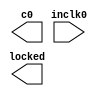
// megafunction wizard: %ALTPLL%VBB%
// GENERATION: STANDARD
// VERSION: WM1.0
// MODULE: altpll 

// ============================================================
// Megafunction Name(s):
// 			altpll
// ============================================================
// ************************************************************
// THIS IS A WIZARD-GENERATED FILE. DO NOT EDIT THIS FILE!
//
// 6.0 Build 202 06/20/2006 SP 1 SJ Web Edition
// ************************************************************

//Copyright (C) 1991-2006 Altera Corporation
//Your use of Altera Corporation's design tools, logic functions 
//and other software and tools, and its AMPP partner logic 
//functions, and any output files any of the foregoing 
//(including device programming or simulation files), and any 
//associated documentation or information are expressly subject 
//to the terms and conditions of the Altera Program License 
//Subscription Agreement, Altera MegaCore Function License 
//Agreement, or other applicable license agreement, including, 
//without limitation, that your use is for the sole purpose of 
//programming logic devices manufactured by Altera and sold by 
//Altera or its authorized distributors.  Please refer to the 
//applicable agreement for further details.

module altpll0 (
	inclk0,
	c0,
	locked);

	input	  inclk0;
	output	  c0;
	output	  locked;

endmodule

// ============================================================
// CNX file retrieval info
// ============================================================
// Retrieval info: PRIVATE: ACTIVECLK_CHECK STRING "0"
// Retrieval info: PRIVATE: BANDWIDTH STRING "1.000"
// Retrieval info: PRIVATE: BANDWIDTH_FEATURE_ENABLED STRING "0"
// Retrieval info: PRIVATE: BANDWIDTH_FREQ_UNIT STRING "MHz"
// Retrieval info: PRIVATE: BANDWIDTH_PRESET STRING "Low"
// Retrieval info: PRIVATE: BANDWIDTH_USE_AUTO STRING "1"
// Retrieval info: PRIVATE: BANDWIDTH_USE_CUSTOM STRING "0"
// Retrieval info: PRIVATE: BANDWIDTH_USE_PRESET STRING "0"
// Retrieval info: PRIVATE: CLKBAD_SWITCHOVER_CHECK STRING "0"
// Retrieval info: PRIVATE: CLKLOSS_CHECK STRING "0"
// Retrieval info: PRIVATE: CLKSWITCH_CHECK STRING "0"
// Retrieval info: PRIVATE: CNX_NO_COMPENSATE_RADIO STRING "0"
// Retrieval info: PRIVATE: CREATE_CLKBAD_CHECK STRING "0"
// Retrieval info: PRIVATE: CREATE_INCLK1_CHECK STRING "0"
// Retrieval info: PRIVATE: CUR_DEDICATED_CLK STRING "c0"
// Retrieval info: PRIVATE: CUR_FBIN_CLK STRING "e0"
// Retrieval info: PRIVATE: DEVICE_SPEED_GRADE STRING "Any"
// Retrieval info: PRIVATE: DEV_FAMILY STRING "Cyclone II"
// Retrieval info: PRIVATE: DIV_FACTOR0 NUMERIC "1"
// Retrieval info: PRIVATE: DUTY_CYCLE0 STRING "50.00000000"
// Retrieval info: PRIVATE: EXT_FEEDBACK_RADIO STRING "0"
// Retrieval info: PRIVATE: GLOCKED_COUNTER_EDIT_CHANGED STRING "1"
// Retrieval info: PRIVATE: GLOCKED_FEATURE_ENABLED STRING "1"
// Retrieval info: PRIVATE: GLOCKED_MODE_CHECK STRING "0"
// Retrieval info: PRIVATE: GLOCK_COUNTER_EDIT NUMERIC "1048575"
// Retrieval info: PRIVATE: HAS_MANUAL_SWITCHOVER STRING "1"
// Retrieval info: PRIVATE: INCLK0_FREQ_EDIT STRING "76.000"
// Retrieval info: PRIVATE: INCLK0_FREQ_UNIT_COMBO STRING "MHz"
// Retrieval info: PRIVATE: INCLK1_FREQ_EDIT STRING "100.000"
// Retrieval info: PRIVATE: INCLK1_FREQ_EDIT_CHANGED STRING "1"
// Retrieval info: PRIVATE: INCLK1_FREQ_UNIT_CHANGED STRING "1"
// Retrieval info: PRIVATE: INCLK1_FREQ_UNIT_COMBO STRING "MHz"
// Retrieval info: PRIVATE: INT_FEEDBACK__MODE_RADIO STRING "1"
// Retrieval info: PRIVATE: LOCKED_OUTPUT_CHECK STRING "1"
// Retrieval info: PRIVATE: LONG_SCAN_RADIO STRING "1"
// Retrieval info: PRIVATE: LVDS_MODE_DATA_RATE STRING "Not Available"
// Retrieval info: PRIVATE: LVDS_MODE_DATA_RATE_DIRTY NUMERIC "0"
// Retrieval info: PRIVATE: LVDS_PHASE_SHIFT_UNIT0 STRING "deg"
// Retrieval info: PRIVATE: MIRROR_CLK0 STRING "0"
// Retrieval info: PRIVATE: MULT_FACTOR0 NUMERIC "2"
// Retrieval info: PRIVATE: NORMAL_MODE_RADIO STRING "1"
// Retrieval info: PRIVATE: OUTPUT_FREQ0 STRING "100.00000000"
// Retrieval info: PRIVATE: OUTPUT_FREQ_MODE0 STRING "0"
// Retrieval info: PRIVATE: OUTPUT_FREQ_UNIT0 STRING "MHz"
// Retrieval info: PRIVATE: PHASE_SHIFT0 STRING "0.00000000"
// Retrieval info: PRIVATE: PHASE_SHIFT_UNIT0 STRING "deg"
// Retrieval info: PRIVATE: PLL_ADVANCED_PARAM_CHECK STRING "0"
// Retrieval info: PRIVATE: PLL_ARESET_CHECK STRING "0"
// Retrieval info: PRIVATE: PLL_AUTOPLL_CHECK NUMERIC "1"
// Retrieval info: PRIVATE: PLL_ENA_CHECK STRING "0"
// Retrieval info: PRIVATE: PLL_ENHPLL_CHECK NUMERIC "0"
// Retrieval info: PRIVATE: PLL_FASTPLL_CHECK NUMERIC "0"
// Retrieval info: PRIVATE: PLL_LVDS_PLL_CHECK NUMERIC "0"
// Retrieval info: PRIVATE: PLL_PFDENA_CHECK STRING "0"
// Retrieval info: PRIVATE: PLL_TARGET_HARCOPY_CHECK NUMERIC "0"
// Retrieval info: PRIVATE: PRIMARY_CLK_COMBO STRING "inclk0"
// Retrieval info: PRIVATE: SACN_INPUTS_CHECK STRING "0"
// Retrieval info: PRIVATE: SCAN_FEATURE_ENABLED STRING "0"
// Retrieval info: PRIVATE: SELF_RESET_LOCK_LOSS STRING "0"
// Retrieval info: PRIVATE: SHORT_SCAN_RADIO STRING "0"
// Retrieval info: PRIVATE: SPREAD_FEATURE_ENABLED STRING "0"
// Retrieval info: PRIVATE: SPREAD_FREQ STRING "50.000"
// Retrieval info: PRIVATE: SPREAD_FREQ_UNIT STRING "KHz"
// Retrieval info: PRIVATE: SPREAD_PERCENT STRING "0.500"
// Retrieval info: PRIVATE: SPREAD_USE STRING "0"
// Retrieval info: PRIVATE: SRC_SYNCH_COMP_RADIO STRING "0"
// Retrieval info: PRIVATE: STICKY_CLK0 STRING "1"
// Retrieval info: PRIVATE: SWITCHOVER_COUNT_EDIT NUMERIC "1"
// Retrieval info: PRIVATE: SWITCHOVER_FEATURE_ENABLED STRING "1"
// Retrieval info: PRIVATE: USE_CLK0 STRING "1"
// Retrieval info: PRIVATE: USE_CLKENA0 STRING "0"
// Retrieval info: PRIVATE: ZERO_DELAY_RADIO STRING "0"
// Retrieval info: LIBRARY: altera_mf altera_mf.altera_mf_components.all
// Retrieval info: CONSTANT: CLK0_DIVIDE_BY NUMERIC "1"
// Retrieval info: CONSTANT: CLK0_DUTY_CYCLE NUMERIC "50"
// Retrieval info: CONSTANT: CLK0_MULTIPLY_BY NUMERIC "2"
// Retrieval info: CONSTANT: CLK0_PHASE_SHIFT STRING "0"
// Retrieval info: CONSTANT: COMPENSATE_CLOCK STRING "CLK0"
// Retrieval info: CONSTANT: GATE_LOCK_SIGNAL STRING "NO"
// Retrieval info: CONSTANT: INCLK0_INPUT_FREQUENCY NUMERIC "13157"
// Retrieval info: CONSTANT: INTENDED_DEVICE_FAMILY STRING "Cyclone II"
// Retrieval info: CONSTANT: INVALID_LOCK_MULTIPLIER NUMERIC "5"
// Retrieval info: CONSTANT: LPM_TYPE STRING "altpll"
// Retrieval info: CONSTANT: OPERATION_MODE STRING "NORMAL"
// Retrieval info: CONSTANT: PLL_TYPE STRING "FAST"
// Retrieval info: CONSTANT: PORT_ACTIVECLOCK STRING "PORT_UNUSED"
// Retrieval info: CONSTANT: PORT_ARESET STRING "PORT_UNUSED"
// Retrieval info: CONSTANT: PORT_CLKBAD0 STRING "PORT_UNUSED"
// Retrieval info: CONSTANT: PORT_CLKBAD1 STRING "PORT_UNUSED"
// Retrieval info: CONSTANT: PORT_CLKLOSS STRING "PORT_UNUSED"
// Retrieval info: CONSTANT: PORT_CLKSWITCH STRING "PORT_UNUSED"
// Retrieval info: CONSTANT: PORT_FBIN STRING "PORT_UNUSED"
// Retrieval info: CONSTANT: PORT_INCLK0 STRING "PORT_USED"
// Retrieval info: CONSTANT: PORT_INCLK1 STRING "PORT_UNUSED"
// Retrieval info: CONSTANT: PORT_LOCKED STRING "PORT_USED"
// Retrieval info: CONSTANT: PORT_PFDENA STRING "PORT_UNUSED"
// Retrieval info: CONSTANT: PORT_PLLENA STRING "PORT_UNUSED"
// Retrieval info: CONSTANT: PORT_SCANACLR STRING "PORT_UNUSED"
// Retrieval info: CONSTANT: PORT_SCANCLK STRING "PORT_UNUSED"
// Retrieval info: CONSTANT: PORT_SCANDATA STRING "PORT_UNUSED"
// Retrieval info: CONSTANT: PORT_SCANDATAOUT STRING "PORT_UNUSED"
// Retrieval info: CONSTANT: PORT_SCANDONE STRING "PORT_UNUSED"
// Retrieval info: CONSTANT: PORT_SCANREAD STRING "PORT_UNUSED"
// Retrieval info: CONSTANT: PORT_SCANWRITE STRING "PORT_UNUSED"
// Retrieval info: CONSTANT: PORT_clk0 STRING "PORT_USED"
// Retrieval info: CONSTANT: PORT_clk1 STRING "PORT_UNUSED"
// Retrieval info: CONSTANT: PORT_clk2 STRING "PORT_UNUSED"
// Retrieval info: CONSTANT: PORT_clk3 STRING "PORT_UNUSED"
// Retrieval info: CONSTANT: PORT_clk4 STRING "PORT_UNUSED"
// Retrieval info: CONSTANT: PORT_clk5 STRING "PORT_UNUSED"
// Retrieval info: CONSTANT: PORT_clkena0 STRING "PORT_UNUSED"
// Retrieval info: CONSTANT: PORT_clkena1 STRING "PORT_UNUSED"
// Retrieval info: CONSTANT: PORT_clkena2 STRING "PORT_UNUSED"
// Retrieval info: CONSTANT: PORT_clkena3 STRING "PORT_UNUSED"
// Retrieval info: CONSTANT: PORT_clkena4 STRING "PORT_UNUSED"
// Retrieval info: CONSTANT: PORT_clkena5 STRING "PORT_UNUSED"
// Retrieval info: CONSTANT: PORT_enable0 STRING "PORT_UNUSED"
// Retrieval info: CONSTANT: PORT_enable1 STRING "PORT_UNUSED"
// Retrieval info: CONSTANT: PORT_extclk0 STRING "PORT_UNUSED"
// Retrieval info: CONSTANT: PORT_extclk1 STRING "PORT_UNUSED"
// Retrieval info: CONSTANT: PORT_extclk2 STRING "PORT_UNUSED"
// Retrieval info: CONSTANT: PORT_extclk3 STRING "PORT_UNUSED"
// Retrieval info: CONSTANT: PORT_extclkena0 STRING "PORT_UNUSED"
// Retrieval info: CONSTANT: PORT_extclkena1 STRING "PORT_UNUSED"
// Retrieval info: CONSTANT: PORT_extclkena2 STRING "PORT_UNUSED"
// Retrieval info: CONSTANT: PORT_extclkena3 STRING "PORT_UNUSED"
// Retrieval info: CONSTANT: PORT_sclkout0 STRING "PORT_UNUSED"
// Retrieval info: CONSTANT: PORT_sclkout1 STRING "PORT_UNUSED"
// Retrieval info: CONSTANT: VALID_LOCK_MULTIPLIER NUMERIC "1"
// Retrieval info: USED_PORT: @clk 0 0 6 0 OUTPUT_CLK_EXT VCC "@clk[5..0]"
// Retrieval info: USED_PORT: @extclk 0 0 4 0 OUTPUT_CLK_EXT VCC "@extclk[3..0]"
// Retrieval info: USED_PORT: c0 0 0 0 0 OUTPUT_CLK_EXT VCC "c0"
// Retrieval info: USED_PORT: inclk0 0 0 0 0 INPUT_CLK_EXT GND "inclk0"
// Retrieval info: USED_PORT: locked 0 0 0 0 OUTPUT GND "locked"
// Retrieval info: CONNECT: locked 0 0 0 0 @locked 0 0 0 0
// Retrieval info: CONNECT: @inclk 0 0 1 0 inclk0 0 0 0 0
// Retrieval info: CONNECT: c0 0 0 0 0 @clk 0 0 1 0
// Retrieval info: CONNECT: @inclk 0 0 1 1 GND 0 0 0 0
// Retrieval info: GEN_FILE: TYPE_NORMAL altpll0.v TRUE FALSE
// Retrieval info: GEN_FILE: TYPE_NORMAL altpll0.ppf TRUE FALSE
// Retrieval info: GEN_FILE: TYPE_NORMAL altpll0.inc FALSE FALSE
// Retrieval info: GEN_FILE: TYPE_NORMAL altpll0.cmp FALSE FALSE
// Retrieval info: GEN_FILE: TYPE_NORMAL altpll0.bsf TRUE
// Retrieval info: GEN_FILE: TYPE_NORMAL altpll0_inst.v FALSE FALSE
// Retrieval info: GEN_FILE: TYPE_NORMAL altpll0_bb.v TRUE FALSE
// Retrieval info: GEN_FILE: TYPE_NORMAL altpll0_waveforms.html TRUE FALSE
// Retrieval info: GEN_FILE: TYPE_NORMAL altpll0_wave*.jpg FALSE FALSE